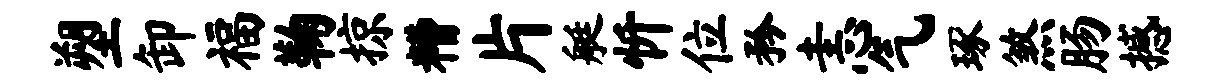
塑卸福鞠掠糟片艇忻位矜恚气琢煞肠撼